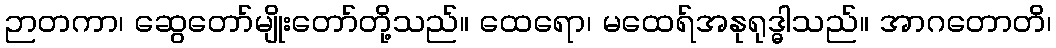
ဉာတကာ၊ ဆွေတော်မျိုးတော်တို့သည်။ ထေရော၊ မထေရ်အနုရုဒ္ဓါသည်။ အာဂတောတိ၊